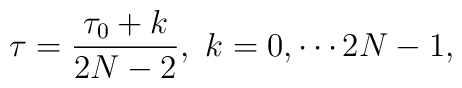
\tau = \frac{\tau_0 + k }{2N- 2}, ~k=0,\cdots  2N-1,